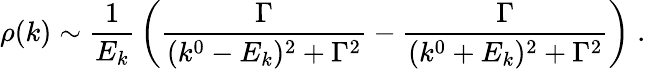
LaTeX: \rho(k)\sim{\frac{1}{E_{k}}}\left({\frac{\Gamma}{(k^{0}-E_{k})^{2}+\Gamma^{2}}}-{\frac{\Gamma}{(k^{0}+E_{k})^{2}+\Gamma^{2}}}\right)\; .